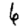
Digit: 6